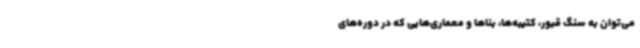
می‌توان به سنگ قبور، کتیبه‌ها، بناها و معماری‌هایی که در دوره‌های